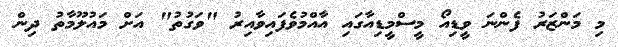
މި މަންޒަރު ފެންނަ ވީޑިއޯ މީސްމީޑިއާގައި އާއްމުވެފައިވާއިރު "ވަގުތު" އަށް މައުލޫމާތު ދިން